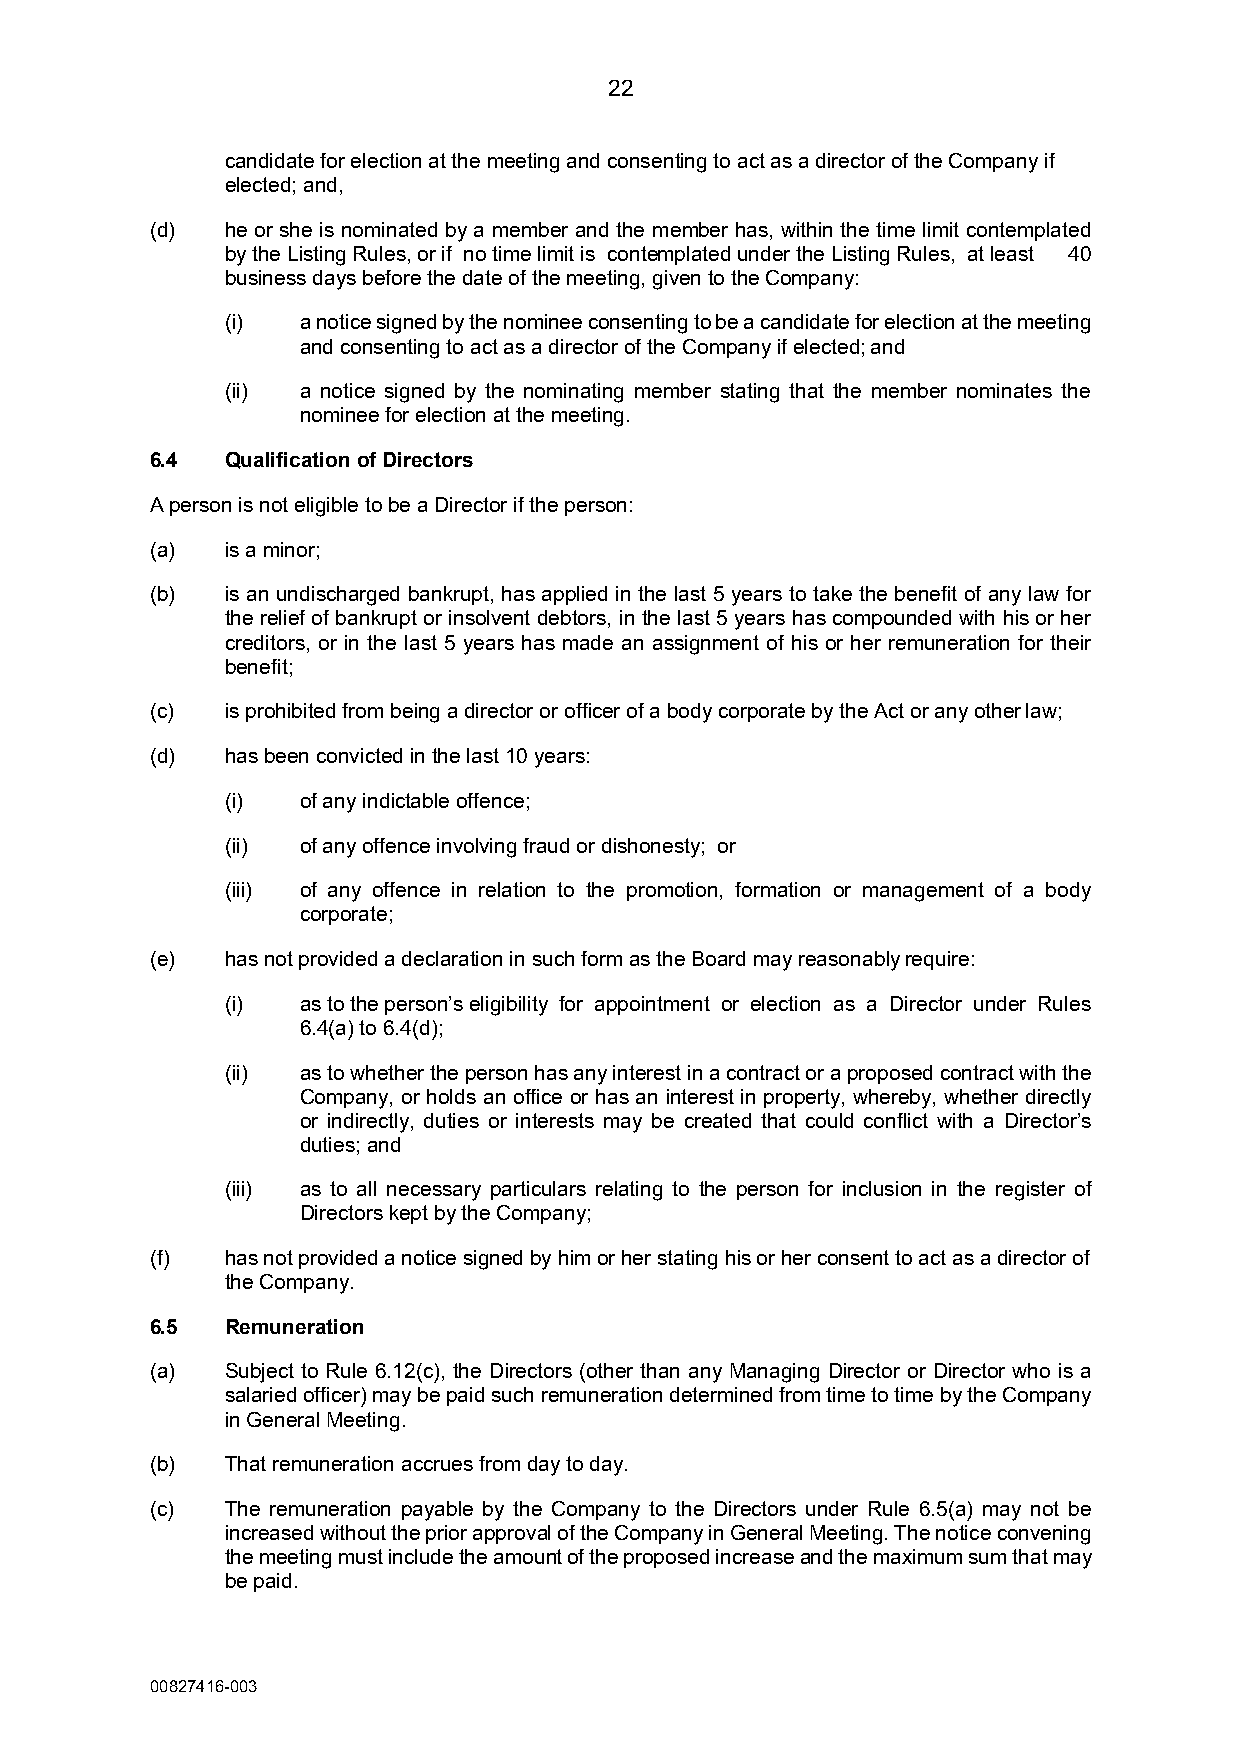
22
 candidate for election at the meeting and consenting to act as a director of the Company if
 elected; and,
 (d)  he or she is nominated by a member and the member has, within the time limit contemplated
 by the Listing Rules, or if no time limit is contemplated under the Listing Rules, at least 40
 business days before the date of the meeting, given to the Company:
 (i)  a notice signed by the nominee consenting to be a candidate for election at the meeting
 and consenting to act as a director of the Company if elected; and
 (ii) a notice signed by the nominating member stating that the member nominates the
 nominee for election at the meeting.
 6.4  Qualification of Directors
 A person is not eligible to be a Director if the person:
 (a)  is a minor;
 (b)  is an undischarged bankrupt, has applied in the last 5 years to take the benefit of any law for
 the relief of bankrupt or insolvent debtors, in the last 5 years has compounded with his or her
 creditors, or in the last 5 years has made an assignment of his or her remuneration for their
 benefit;
 (c)  is prohibited from being a director or officer of a body corporate by the Act or any other law;
 (d)  has been convicted in the last 10 years:
 (i)  of any indictable offence;
 (ii) of any offence involving fraud or dishonesty; or
 (iii) of any offence in relation to the promotion, formation or management of a body
 corporate;
 (e)  has not provided a declaration in such form as the Board may reasonably require:
 (i)  as to the person’s eligibility for appointment or election as a Director under Rules
 6.4(a) to 6.4(d);
 (ii) as to whether the person has any interest in a contract or a proposed contract with the
 Company, or holds an office or has an interest in property, whereby, whether directly
 or indirectly, duties or interests may be created that could conflict with a Director’s
 duties; and
 (iii) as to all necessary particulars relating to the person for inclusion in the register of
 Directors kept by the Company;
 (f)  has not provided a notice signed by him or her stating his or her consent to act as a director of
 the Company.
 6.5  Remuneration
 (a)  Subject to Rule 6.12(c), the Directors (other than any Managing Director or Director who is a
 salaried officer) may be paid such remuneration determined from time to time by the Company
 in General Meeting.
 (b)  That remuneration accrues from day to day.
 (c)  The remuneration payable by the Company to the Directors under Rule 6.5(a) may not be
 increased without the prior approval of the Company in General Meeting. The notice convening
 the meeting must include the amount of the proposed increase and the maximum sum that may
 be paid.
 00827416-003